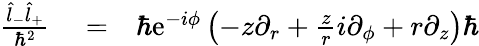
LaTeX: \begin{array}{rlr}{\frac{\hat{l}_{-}\hat{l}_{+}}{\hbar^{2}}}&{{}=}&{\hbar\mathrm{e}^{-i\phi}\left(-z\partial_{r}+\frac{z}{r}i\partial_{\phi}+r\partial_{z}\right)\hbar}\end{array}